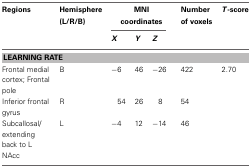
<table><thead><tr><td><b>Regions</b></td><td><b>Hemisphere (L/R/B)</b></td><td colspan="3"><b>MNI coordinates</b></td><td><b>Number of voxels</b></td><td><b><i>T</i>-score</b></td></tr><tr><td></td><td></td><td><b><i>X</i></b></td><td><b><i>Y</i></b></td><td><b><i>Z</i></b></td><td></td><td></td></tr></thead><tbody><tr><td colspan="7"><b>LEARNING RATE</b></td></tr><tr><td>Frontal medial cortex; Frontal pole</td><td>B</td><td>−6</td><td>46</td><td>−26</td><td>422</td><td>2.70</td></tr><tr><td>Inferior frontal gyrus</td><td>R</td><td>54</td><td>26</td><td>8</td><td>54</td><td></td></tr><tr><td>Subcallosal/extending back to L NAcc</td><td>L</td><td>−4</td><td>12</td><td>−14</td><td>46</td><td></td></tr></tbody></table>